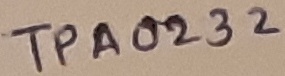
Text: TPA0232